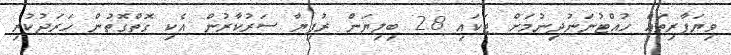
ވިޔަފާރިތައް ހުއްޓުނަނުދިނުމަށް ޓަކައި 2.8 ބިލިޔަން ރުފިޔާ ސަރުކާރުން އެކި ގޮތްގޮތުން ހަރަދުކުރި